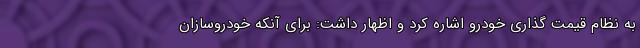
به نظام قیمت گذاری خودرو اشاره کرد و اظهار داشت: برای آنکه خودروسازان